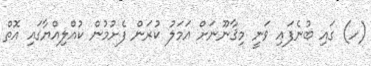
(ހ) ގައި ބުނެފައި ވަނީ މިޤާނޫނަށް އަމަލު ކުރަން ފެށުމުން ކުއްލިއްޔާގައި އޮތް